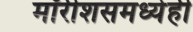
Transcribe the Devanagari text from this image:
मॉरीशसमध्येही